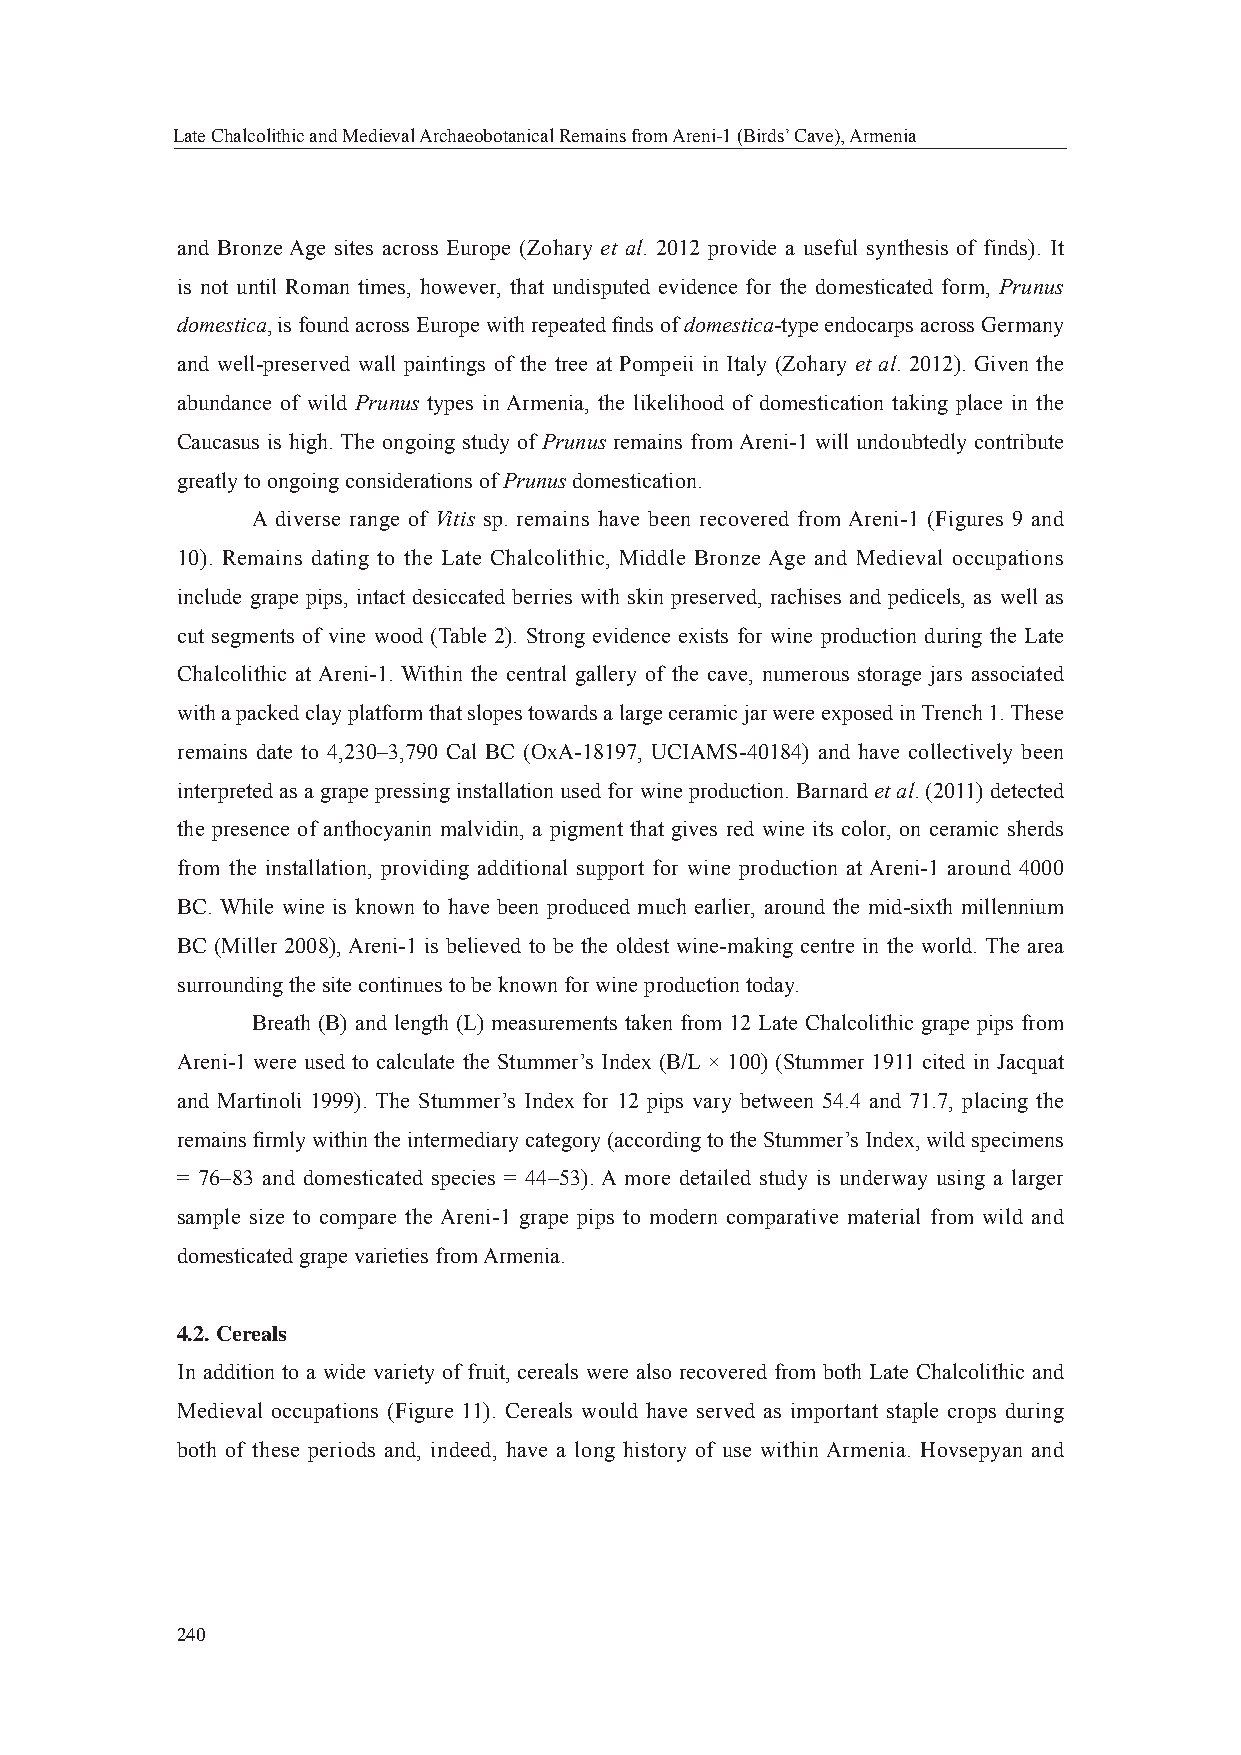
Late Chalcolithic and Medieval Archaeobotanical Remains from Areni-1 (Birds’ Cave), Armenia
 and Bronze Age sites across Europe (Zohary et al. 2012 provide a useful synthesis of finds). It
 is not until Roman times, however, that undisputed evidence for the domesticated form, Prunus
 domestica, is found across Europe with repeated fi nds of domestica-type endocarps across Germany
 and well-preserved wall paintings of the tree at Pompeii in Italy (Zohary et al. 2012). Given the
 abundance of wild Prunus types in Armenia, the likelihood of domestication taking place in the
 Caucasus is high. The ongoing study of Prunus remains from Areni-1 will undoubtedly contribute
 greatly to ongoing considerations of Prunus domestication.
 A diverse range of Vitis sp. remains have been recovered from Areni-1 (Figures 9 and
 10). Remains dating to the Late Chalcolithic, Middle Bronze Age and Medieval occupations
 include grape pips, intact desiccated berries with skin preserved, rachises and pedicels, as well as
 cut segments of vine wood (Table 2). Strong evidence exists for wine production during the Late
 Chalcolithic at Areni-1. Within the central gallery of the cave, numerous storage jars associated
 with a packed clay platform that slopes towards a large ceramic jar were exposed in Trench 1. These
 remains date to 4,230–3,790 Cal BC (OxA-18197, UCIAMS-40184) and have collectively been
 interpreted as a grape pressing installation used for wine production. Barnard et al. (2011) detected
 the presence of anthocyanin malvidin, a pigment that gives red wine its color, on ceramic sherds
 from the installation, providing additional support for wine production at Areni-1 around 4000
 BC. While wine is known to have been produced much earlier, around the mid-sixth millennium
 BC (Miller 2008), Areni-1 is believed to be the oldest wine-making centre in the world. The area
 surrounding the site continues to be known for wine production today.
 Breath (B) and length (L) measurements taken from 12 Late Chalcolithic grape pips from
 Areni-1 were used to calculate the Stummer’s Index (B/L × 100) (Stummer 1911 cited in Jacquat
 and Martinoli 1999). The Stummer’s Index for 12 pips vary between 54.4 and 71.7, placing the
 remains fi rmly within the intermediary category (according to the Stummer’s Index, wild specimens
 = 76–83 and domesticated species = 44–53). A more detailed study is underway using a larger
 sample size to compare the Areni-1 grape pips to modern comparative material from wild and
 domesticated grape varieties from Armenia.
 4.2. Cereals
 In addition to a wide variety of fruit, cereals were also recovered from both Late Chalcolithic and
 Medieval occupations (Figure 11). Cereals would have served as important staple crops during
 both of these periods and, indeed, have a long history of use within Armenia. Hovsepyan and
 240